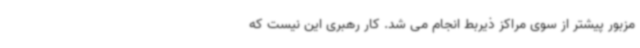
مزبور پیشتر از سوی مراکز ذیربط انجام می ‌شد. کار رهبری این نیست که